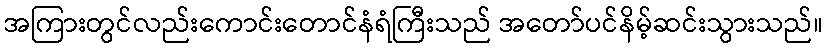
အကြားတွင်လည်းကောင်းတောင်နံရံကြီးသည် အတော်ပင်နိမ့်ဆင်းသွားသည်။